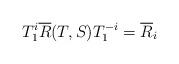
LaTeX: \begin{align*}T^i_1 \overline{R}(T,S) T^{-i}_1 = \overline{R}_i\end{align*}